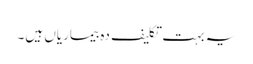
یہ بہت تکلیف دہ بیماریاں ہیں۔